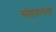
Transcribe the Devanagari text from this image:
सोडवायला